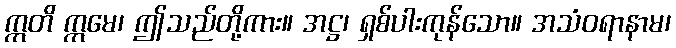
ဣတိ ဣမေ၊ ဤသည်တို့ကား။ အဋ္ဌ၊ ရှစ်ပါးကုန်သော။ အသံဝရာနာမ၊